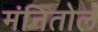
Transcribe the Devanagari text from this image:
मंनितोल